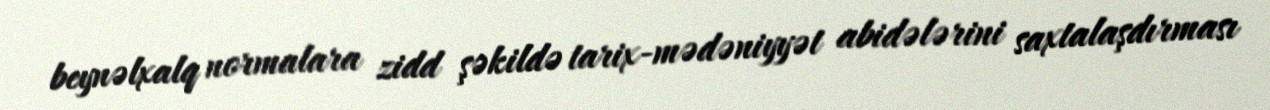
beynəlxalq normalara zidd şəkildə tarix-mədəniyyət abidələrini saxtalaşdırması